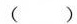
()